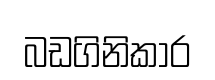
බඩගිනිකාර